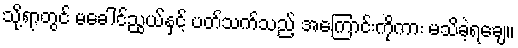
သို့ရာတွင် မခေါင်ညွယ်နှင့် ပတ်သက်သည့် အကြောင်းကိုကား မသိခဲ့ရချေ။